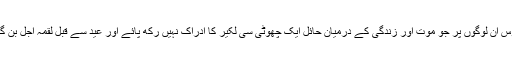
افسوس ان لوگوں پر جو موت اور زندگی کے درمیان حائل ایک چھوٹی سی لکیر کا ادراک نہیں رکھ پائے اور عید سے قبل لقمۂ اجل بن گئے۔